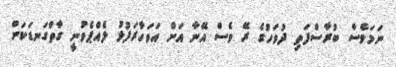
ނަމަވެސް ބުރާސްފަތި ދުވަހުގެ ރޭ ވެސް އޭނާ އަށް އަވަހާރަފުޅު ލެއްޕެވުނީ ގާތްގަނޑަކަށް